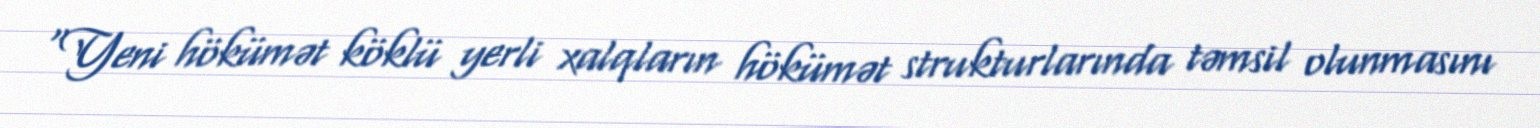
“Yeni hökümət köklü yerli xalqların hökümət strukturlarında təmsil olunmasını